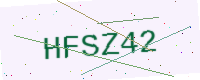
Text: HFSZ42